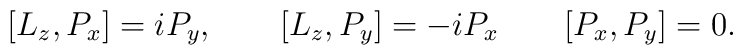
[L_{z}, P_{x}] = i P_{y},  \qquad [L_{z}, P_{y}] = -iP_{x} \qquad[P_{x}, P_{y}] = 0 .